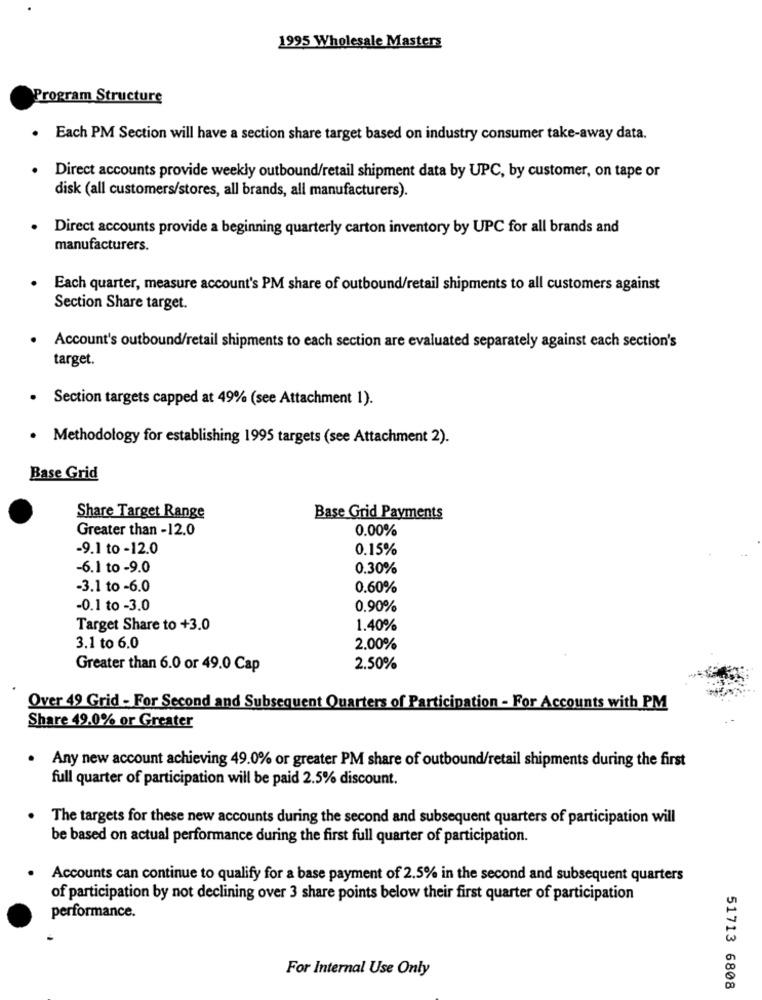
1995 Wholesale Masters
Program Structure
.
Each PM Section will have a section share target based on industry consumer take-away data.
Direct accounts provide weekly outbound/retail shipment data by UPC, by customer, on tape or
disk (all customers/stores, all brands, all manufacturers).
Direct accounts provide a beginning quarterly carton inventory by UPC for all brands and
manufacturers.
Each quarter, measure account's PM share of outbound/retail shipments to all customers against
Section Share target.
. Account's outbound/retail shipments to each section are evaluated separately against each section's
target.
· Section targets capped at 49% (see Attachment 1).
· Methodology for establishing 1995 targets (see Attachment 2).
Base Grid
Share Target Range
Base Grid Payments
Greater than -12.0
0.00%
-9.1 to -12.0
0.15%
-6.1 to -9.0
0.30%
-3.1 to -6.0
0.60%
-0.1 to -3.0
0.90%
Target Share to +3.0
1.40%
3.1 to 6.0
2.00%
Greater than 6.0 or 49.0 Cap
2.50%
Over 49 Grid - For Second and Subsequent Quarters of Participation - For Accounts with PM
Share 49.0% or Greater
. Any new account achieving 49.0% or greater PM share of outbound/retail shipments during the first
full quarter of participation will be paid 2.5% discount.
The targets for these new accounts during the second and subsequent quarters of participation will
be based on actual performance during the first full quarter of participation.
Accounts can continue to qualify for a base payment of 2.5% in the second and subsequent quarters
of participation by not declining over 3 share points below their first quarter of participation
performance.
For Internal Use Only
51713 6808